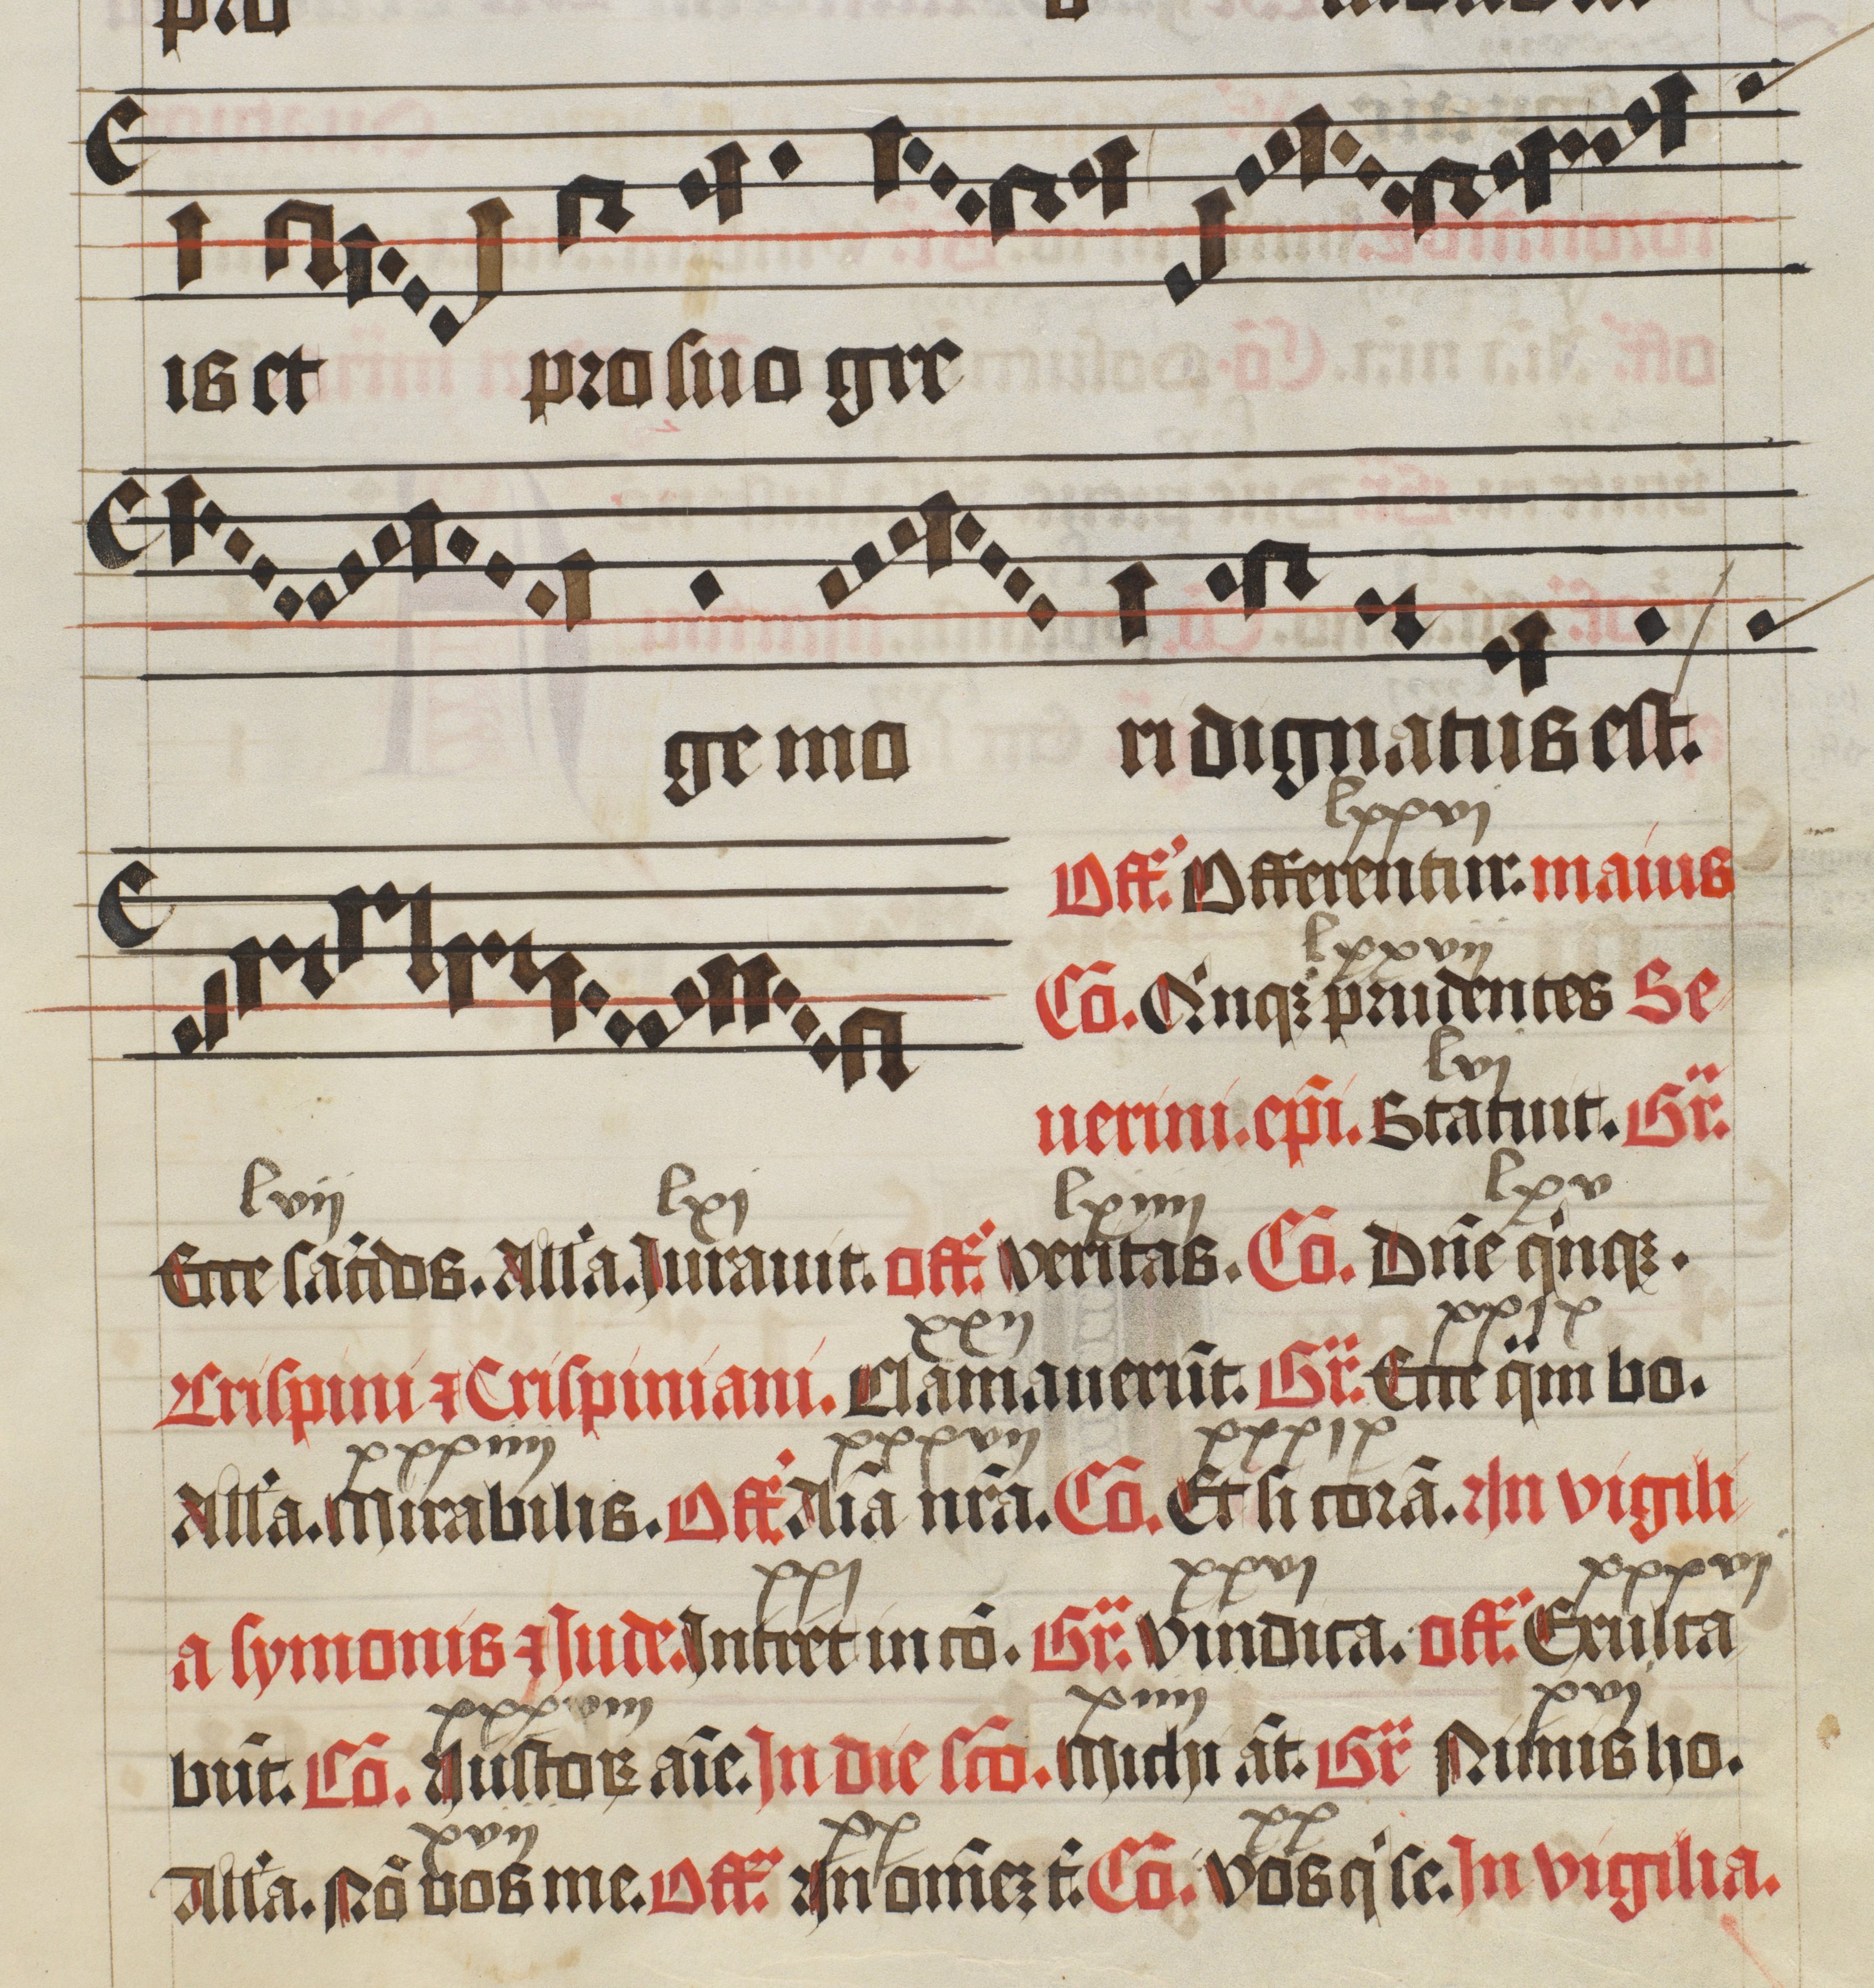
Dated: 1475–1499